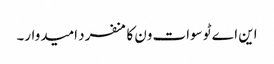
این اے ٹو سوات ون کا منفرد امیدوار۔